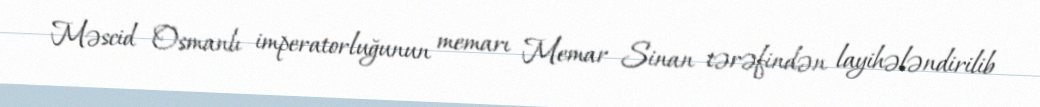
Məscid Osmanlı imperatorluğunun memarı Memar Sinan tərəfindən layihələndirilib